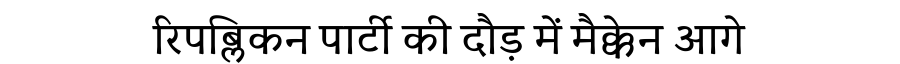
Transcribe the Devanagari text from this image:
रिपब्लिकन पार्टी की दौड़ में मैक्केन आगे